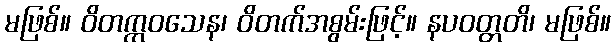
မဖြစ်။ ဝိတက္ကဝသေန၊ ဝိတက်အစွမ်းဖြင့်။ နပဝတ္တတိ၊ မဖြစ်။